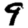
Digit: 9